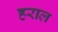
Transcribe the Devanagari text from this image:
हराल